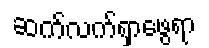
ဆက်လက်ရှာဖွေရာ